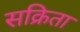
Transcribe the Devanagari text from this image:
सक्रिता